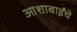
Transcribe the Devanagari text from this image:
आशाबाईंचे